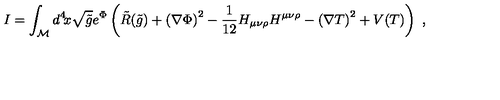
I = \int _ { \cal { M } } d ^ { 4 } \! x \sqrt { \tilde { g } } e ^ { \Phi } \left( \tilde { R } ( \tilde { g } ) + \left( \nabla \Phi \right) ^ { 2 } - { \frac { 1 } { 1 2 } } H _ { \mu \nu \rho } H ^ { \mu \nu \rho } - \left( \nabla T \right) ^ { 2 } + V ( T ) \right) \ ,